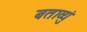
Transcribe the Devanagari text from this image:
बताव्युं